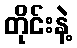
တိုင်းနဲ့